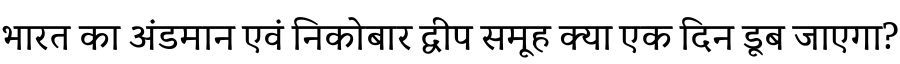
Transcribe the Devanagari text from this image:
भारत का अंडमान एवं निकोबार द्वीप समूह क्या एक दिन डूब जाएगा?